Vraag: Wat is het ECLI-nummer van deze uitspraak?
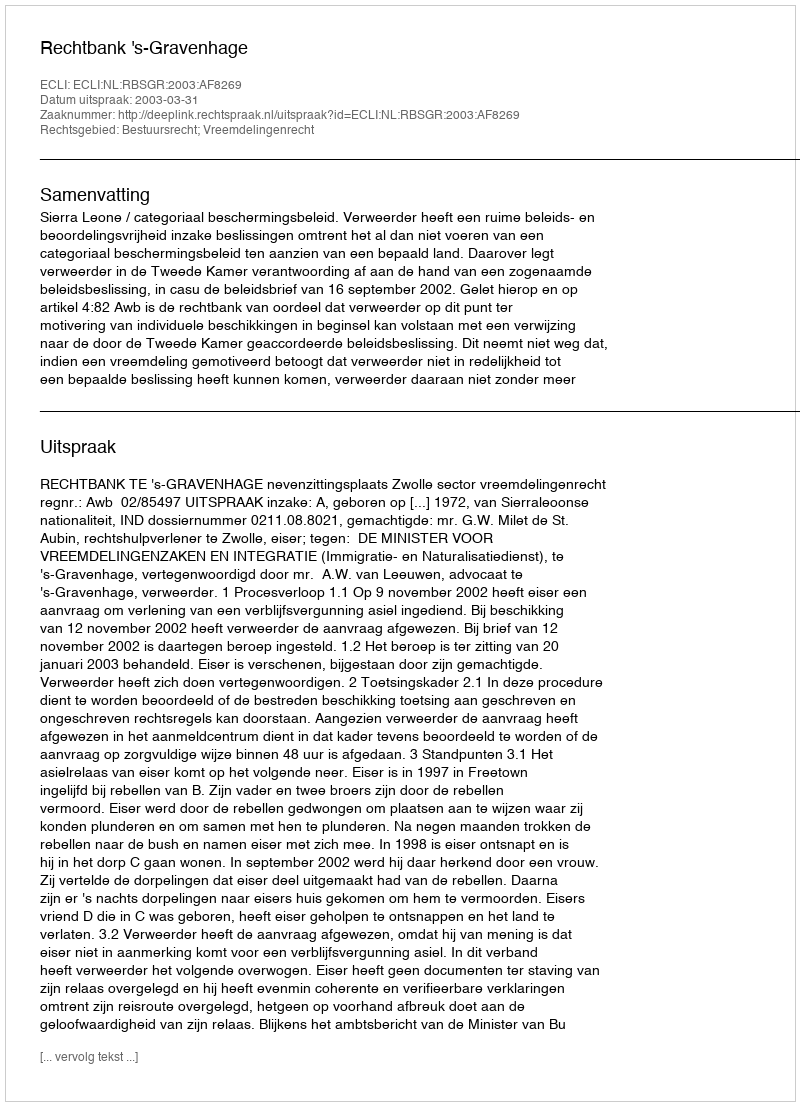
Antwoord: ECLI:NL:RBSGR:2003:AF8269